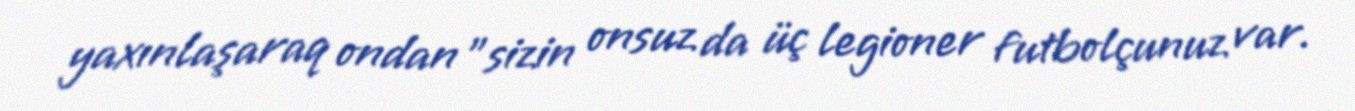
yaxınlaşaraq ondan "sizin onsuz da üç legioner futbolçunuz var.